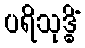
ပရိသုဒ္ဓိံ